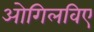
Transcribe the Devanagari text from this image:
ओगिलविए